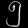
Digit: ၅